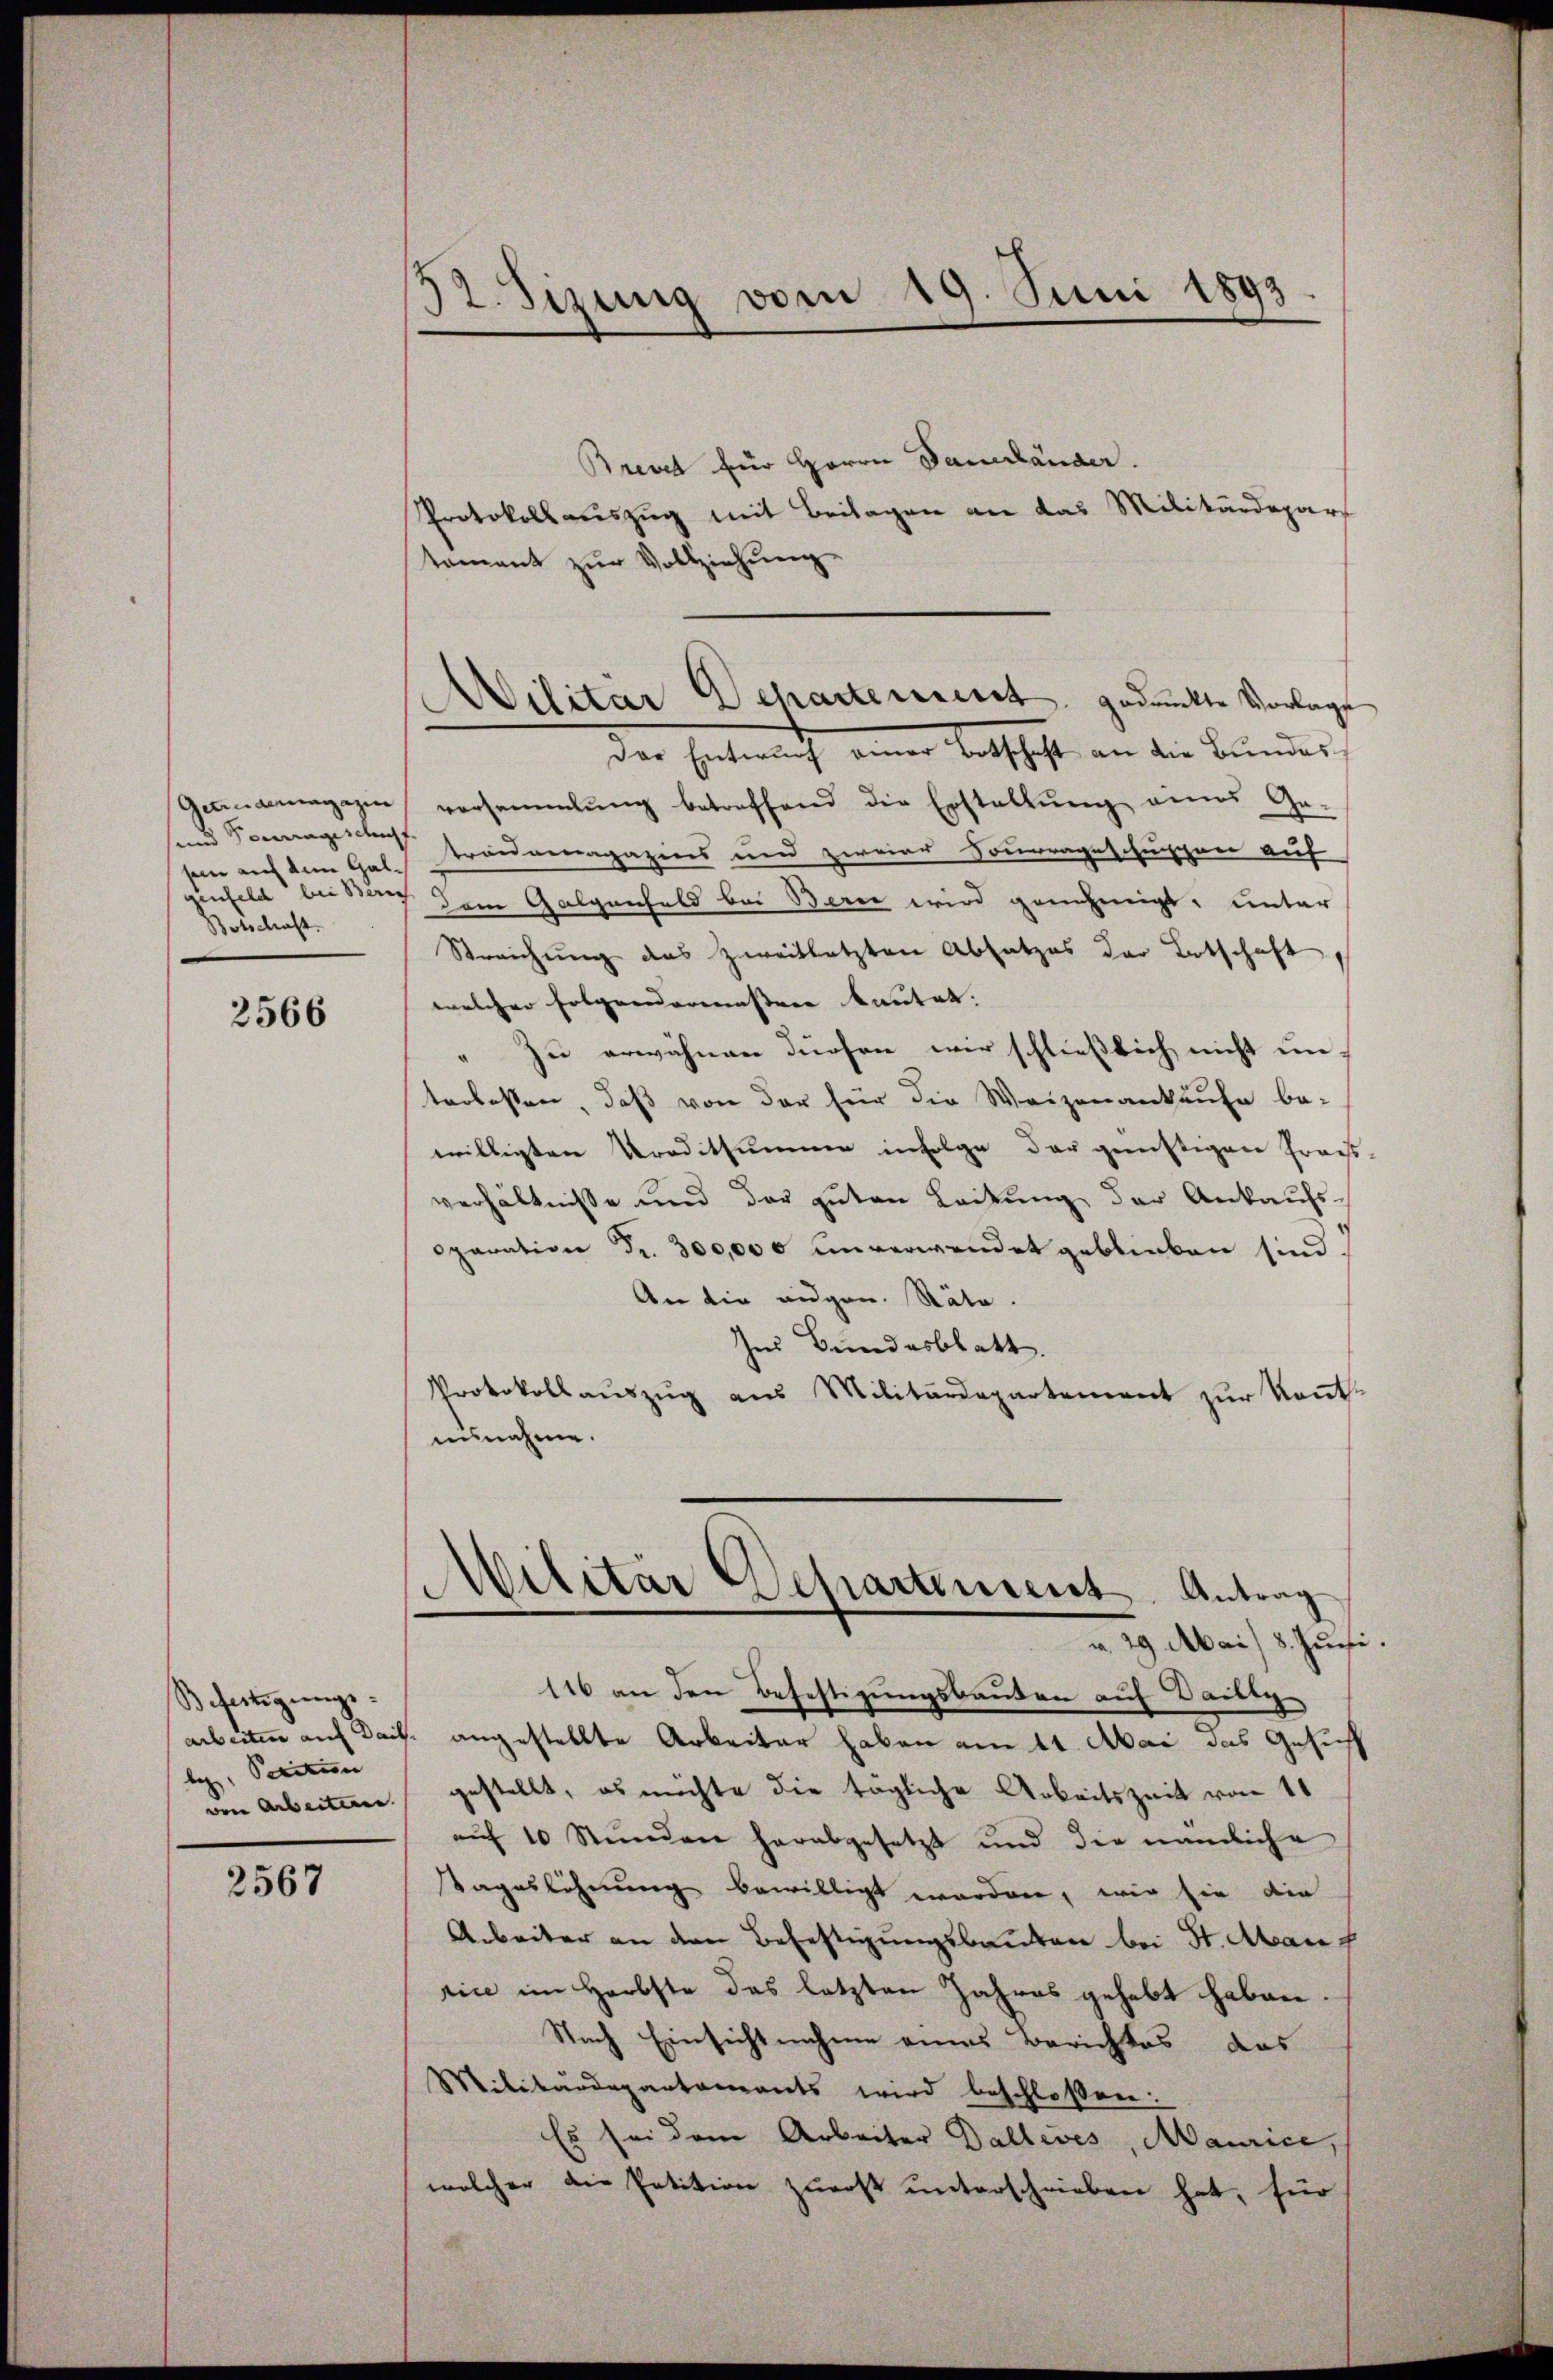
und Pourageschuf.
genfeld bei Zürich
Botschaft.

2566

Befertigungsle, Petitum

2567

32. Sizung vom 19. Juni 1893.

Wilitär Departement gedankte Vorlage

Brevet für Herrn Dauerländer.
Protokollauszug mit Beilagen an das Militärdepar
tament zŭr Vollziehung.
Der Entwurf einer Botschaft an die Bundes¬
Genanmagazin versammlung betreffend die Erstellŭng eines Ge-
sein auf dem Galaugenagazins und zweier Sourrageschuppen auf
dem Galgenfeld bei Berei wird genehmigt, unter
Streichung das zweitletzten Absatzes der Botschaft
welcher Folgenderenisserer Bautet. |
" zu erwähnen dürfen wir schließlich nicht un
terlassen, daß von der für die Weigenankäufe be-
willigten Kreditsummer infolge der günstigen Frags-
verhältnisse und der guten Leitung der Ankaufs-
paration Fr. 300,000 unverwendet geblieben sind
An die eidgen. Räte.
Ins Bundesblatt.
Protokollaŭszŭg aus Militärdepartement zur Rentausnahme.
Militär Schartensent. Antrag
v. 29. Mai 8. Juni.
116 an den Befestigungsbauten auf Dailty
arbeiten auf Dais. angestellte Arbeiter haben am 11. Mai das Gesuch
von Arbeiten gestellt, es möchte die tägliche Arbeitszeit von 11
aŭf 10 Stŭnden herabgesetzt und die nämliche
Tageslohnung bewilligt worden, wir sie die
Arbeiter an den Befestigungsbauten bei St. Abanf
rice im Herbste das letzten Jahres gehabt haben.
Nach Einsichtnahme eines Berichtes das
Militärdepartements wird beschloßen:
Es sei dem Arbeiter Ballives, Maurice,
welcher die Petition zŭrost unterschrieben hat, für